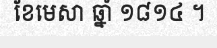
ខែមេសា ឆ្នាំ ១៨១៤ ។